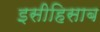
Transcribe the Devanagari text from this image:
इसीहिसाब